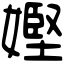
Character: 𡠩